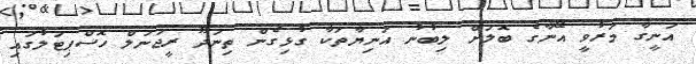
އަނީގާ މަރުވީ އޭނާގެ ބޮލަށް ލިބުނު އަނިޔާތަކާ ގުޅިގެން ތިނަދޫ ރީޖަނަލް ހޮސްޕިޓަލުގައި